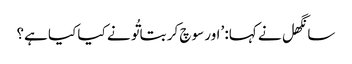
سانگھل نے کہا: ’اور سوچ کر بتا تُو نے کیا کیا ہے؟